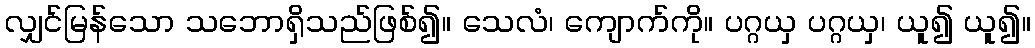
လျှင်မြန်သော သဘောရှိသည်ဖြစ်၍။ သေလံ၊ ကျောက်ကို။ ပဂ္ဂယှ ပဂ္ဂယှ၊ ယူ၍ ယူ၍။